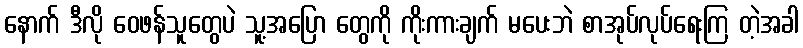
နောက် ဒီလို ဝေဖန်သူတွေပဲ သူ့အပြော တွေကို ကိုးကားချက် မပေးဘဲ စာအုပ်လုပ်ရေးကြ တဲ့အခါ